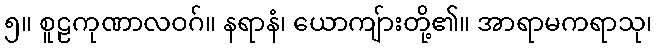
၅။ စူဠကုဏာလဝဂ်။ နရာနံ၊ ယောကျ်ားတို့၏။ အာရာမကရာသု၊